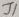
Text: J1